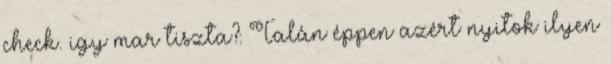
check. igy mar tiszta?: Talán éppen azért nyitok ilyen